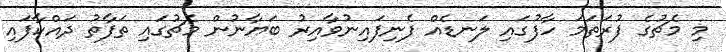
މި މެޗުގެ ފުރަތަމަ ހާފުގައި ލަނޑެއް ފެނިފައިނުވާއިރު ބަޔާނުން މެޗުގައި ތަފާތު ދައްކާފައި